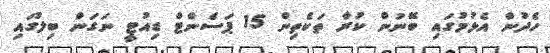
ހެދުން އެޅުމުގައި ބޭނުން ކުރާ ތަކެތިން 15 ޕަސެންޓް ޑިއުޓީ ނަގަން ބިލުގައި